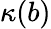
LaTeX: \kappa(b)